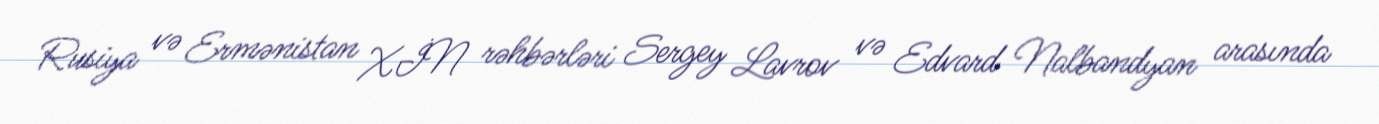
Rusiya və Ermənistan XİN rəhbərləri Sergey Lavrov və Edvard Nalbandyan arasında